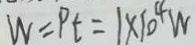
W = P t = 1 \times 1 0 ^ { 4 } W